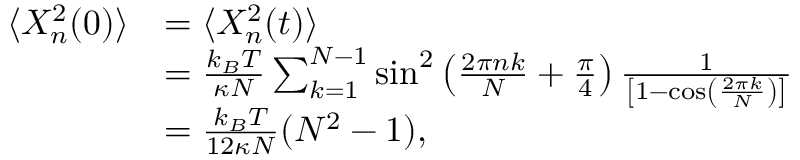
\begin{array} { r l } { \langle X _ { n } ^ { 2 } ( 0 ) \rangle } & { = \langle X _ { n } ^ { 2 } ( t ) \rangle } \\ & { = \frac { k _ { B } T } { \kappa N } \sum _ { k = 1 } ^ { N - 1 } \sin ^ { 2 } \left( \frac { 2 \pi n k } { N } + \frac { \pi } { 4 } \right) \frac { 1 } { \left[ 1 - \cos \left( \frac { 2 \pi k } { N } \right) \right] } } \\ & { = \frac { k _ { B } T } { 1 2 \kappa N } ( N ^ { 2 } - 1 ) , } \end{array}